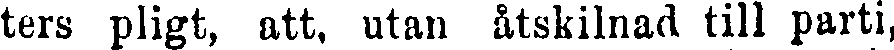
ters pligt, att, utan åtskilnad till parti,